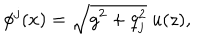
LaTeX: \phi ^ { j } ( x ) = \sqrt { g ^ { 2 } + q _ { j } ^ { 2 } } \ u ( z ) ,